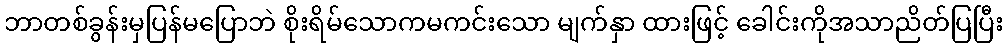
ဘာတစ်ခွန်းမှပြန်မပြောဘဲ စိုးရိမ်သောကမကင်းသော မျက်နှာ ထားဖြင့် ခေါင်းကိုအသာညိတ်ပြပြီး